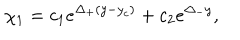
LaTeX: ~ \chi _ { 1 } = c _ { 1 } e ^ { \Delta _ { + } ( y - y _ { c } ) } + c _ { 2 } e ^ { \Delta _ { - } y } ,